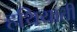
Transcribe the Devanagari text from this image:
हथियाती